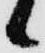
候